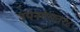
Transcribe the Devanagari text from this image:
उपनगरात१८